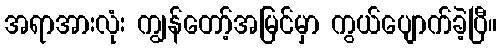
အရာအားလုံး ကျွန်တော့်အမြင်မှာ ကွယ်ပျောက်ခဲ့ပြီ။